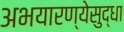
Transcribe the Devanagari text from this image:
अभयारण्येसुद्धा